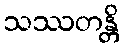
သဿတန္တိ